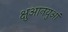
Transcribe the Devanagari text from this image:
क्षुआनयुआं